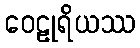
ဝေဠုရိယဿ